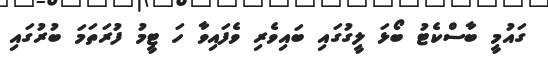
ގައުމީ ބާސްކެޓު ބޯޅަ ލީގުގައި ބައިވެރި ވެފައިވާ ހަ ޓީމު ފުރަތަމަ ބުރުގައި